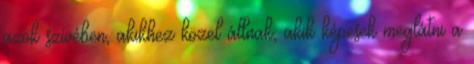
azok szívében, akikhez közel állnak, akik képesek meglátni a